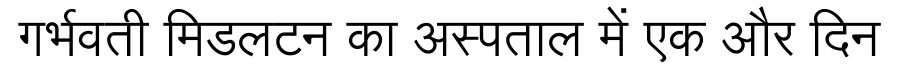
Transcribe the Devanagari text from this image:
गर्भवती मिडलटन का अस्पताल में एक और दिन